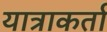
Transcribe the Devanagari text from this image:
यात्राकर्ता